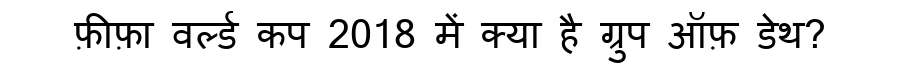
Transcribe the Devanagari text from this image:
फ़ीफ़ा वर्ल्ड कप 2018 में क्या है ग्रुप ऑफ़ डेथ?